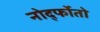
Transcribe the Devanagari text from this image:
नोर्द्फोतो